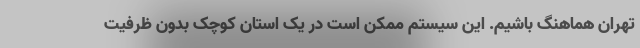
تهران هماهنگ باشیم. این سیستم ممکن است در یک استان‌ کوچک بدون ظرفیت‌